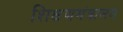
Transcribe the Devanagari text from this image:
शिक्षणमंत्रालय